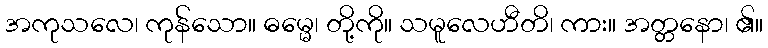
အကုသလေ၊ ကုန်သော။ ဓမ္မေ၊ တို့ကို။ သမူလေဟီတိ၊ ကား။ အတ္တနော၊ ၏။